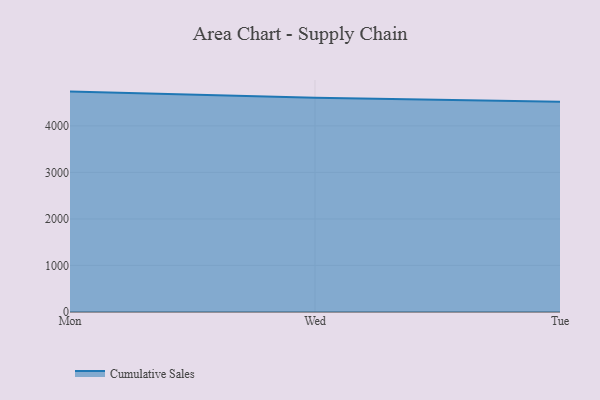
{"axis": {"x": "Day", "y": "Active Users"}, "legend": ["Cumulative Sales"], "data": [{"x": "Mon", "y": 4736.6, "type": "Cumulative Sales"}, {"x": "Wed", "y": 4603.7, "type": "Cumulative Sales"}, {"x": "Tue", "y": 4518.2, "type": "Cumulative Sales"}]}